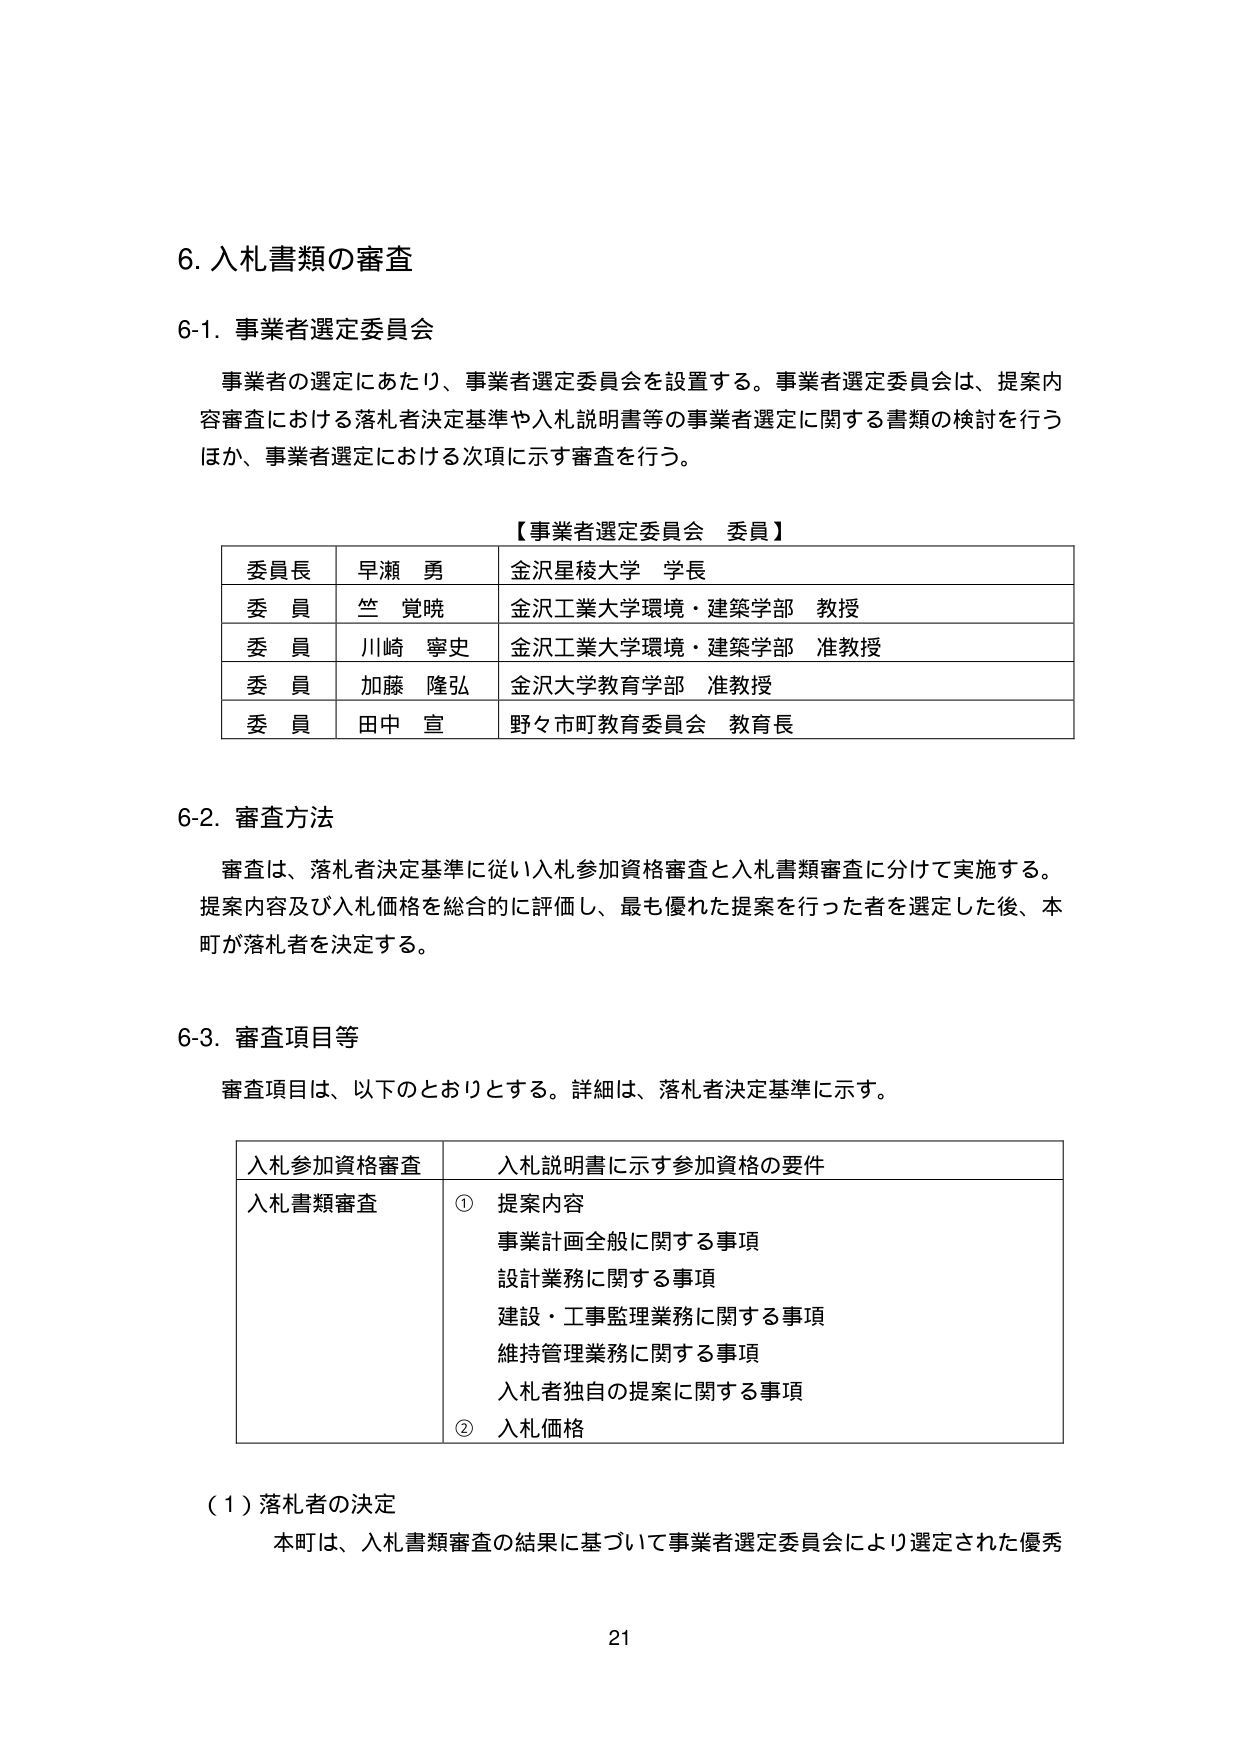
6. 入札書類の審査

6-1. 事業者選定委員会

事業者の選定にあたり、事業者選定委員会を設置する。事業者選定委員会は、提案内容審査における落札者決定基準や入札説明書等の事業者選定に関する書類の検討を行うほか、事業者選定における次項に示す審査を行う。

【事業者選定委員会 委員】

委員長 早瀬 勇 金沢星稜大学 学長
委員 竺 覚暁 金沢工業大学環境・建築学部 教授
委員 川崎 寧史 金沢工業大学環境・建築学部 准教授
委員 加藤 隆弘 金沢大学教育学部 准教授
委員 田中 宣 野々市町教育委員会 教育長

6-2. 審査方法

審査は、落札者決定基準に従い入札参加資格審査と入札書類審査に分けて実施する。提案内容及び入札価格を総合的に評価し、最も優れた提案を行った者を選定した後、本町が落札者を決定する。

6-3. 審査項目等

審査項目は、以下のとおりとする。詳細は、落札者決定基準に示す。

入札参加資格審査 入札説明書に示す参加資格の要件
入札書類審査 ① 提案内容
　　　　　　　　事業計画全般に関する事項
　　　　　　　　設計業務に関する事項
　　　　　　　　建設・工事監理業務に関する事項
　　　　　　　　維持管理業務に関する事項
　　　　　　　　入札者独自の提案に関する事項
　　　　　　　　② 入札価格

（1）落札者の決定
本町は、入札書類審査の結果に基づいて事業者選定委員会により選定された優秀

21